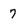
Character: 7